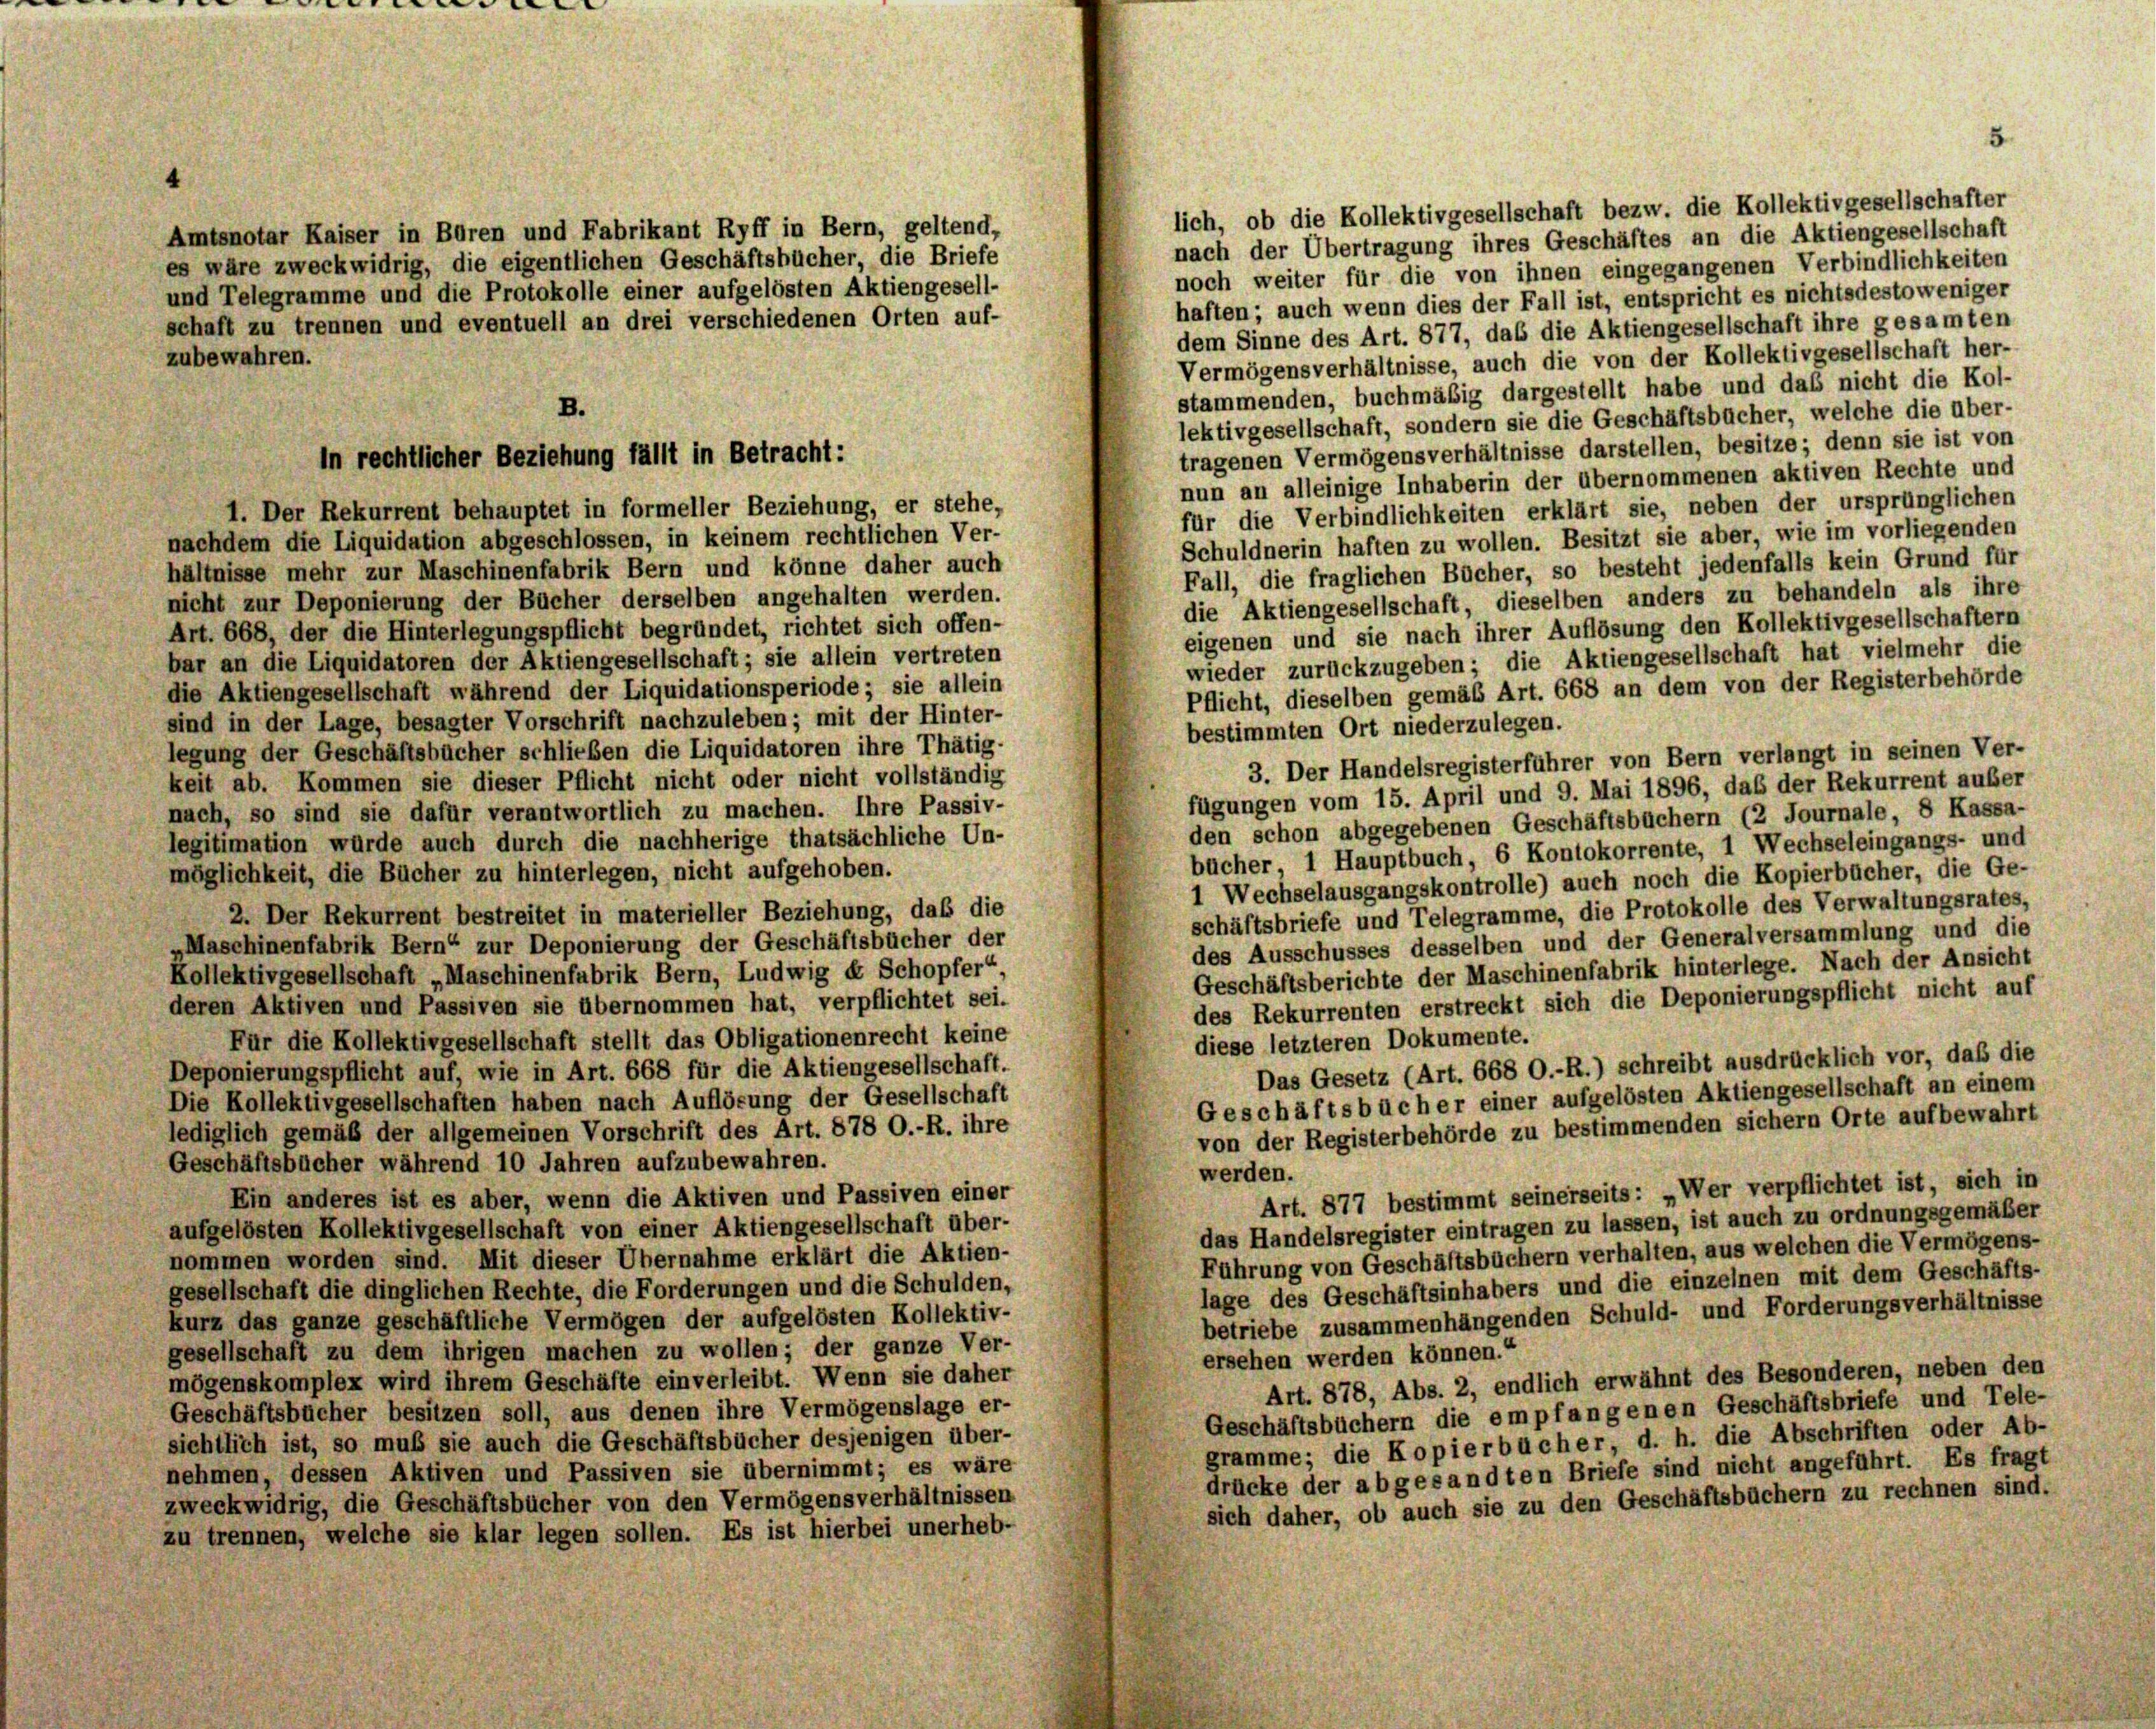
4
lich, ob die Kollektivgesellschaft bezw. die Kollektivgesellschafter
nach der Übertragung ihres Geschäftes an die Aktiengesellschaft
noch weiter für die von ihnen eingegangenen Verbindlichkeiten
haften; auch wenn dies der Fall ist, entspricht es nichtsdestoweniger
dem Sinne des Art. 877, das die Aktiengesellschaft ihre gesamten
Vermögensverhältnisse, auch die von der Kollektivgesellschaft her-
stammenden, buchmäßig dargestellt habe und das nicht die Kol-
B.
lektivgesellschaft, sondern sie die Geschäftsbücher, welche die über-
tragenen Vermögensverhältnisse darstellen, besitze; denn sie ist von
nun an alleinige Inhaberin der übernommenen aktiven Rechte und
für die Verbindlichkeiten erklärt sie, neben der ursprünglichen
1. Der Rekurrent behauptet in formeller Beziehung, er stehe,
Schuldnerin haften zu wollen. Besitzt sie aber, wie im vorliegenden
nachdem die Liquidation abgeschlossen, in keinem rechtlichen Ver-
Fall, die fraglichen Bücher, so besteht jedenfalls kein Grund für
hältnisse mehr zur Maschinenfabrik Bern und könne daher auch
die Aktiengesellschaft, dieselben anders zu behandeln als ihre
nicht zur Deponierung der Bücher derselben angehalten werden.
eigenen und sie nach ihrer Auflösung den Kollektivgesellschaftern
Art. 668, der die Hinterlegungspflicht begründet, richtet sich offen-
wieder zurückzugeben; die Aktiengesellschaft hat vielmehr die
bar an die Liquidatoren der Aktiengesellschaft; sie allein vertreten
die Aktiengesellschaft während der Liquidationsperiode ; sie allein
Pflicht, dieselben gemäß Art. 668 an dem von der Registerbehörde
sind in der Lage, besagter Vorschrift nachzuleben; mit der Hinter-
bestimmten Ort niederzulegen.
legung der Geschäftsbücher schlieben die Liquidatoren ihre Thätig-
3. Der Handelsregisterführer von Bern verlangt in seinen Ver-
keit ab. Kommen sie dieser Pflicht nicht oder nicht vollständig
fügungen vom 15. April und 9. Mai 1896, das der Rekurrent außer
nach, so sind sie dafür verantwortlich zu machen. Ihre Passiv-
den schon abgegebenen Geschäftsbüchern (2 Journale, 8 Kassa-
legitimation würde auch durch die nachherige thatsächliche Un-
bücher 1 Hauptbuch, 6 Kontokorrente, 1 Wechseleingangs- und
möglichkeit, die Bücher zu hinterlegen, nicht aufgehoben.
1 Wechselausgangskontrolle) auch noch die Kopierbücher, die Ge-
schäftsbriefe und Telegramme, die Protokolle des Verwaltungsrates,
2. Der Rekurrent bestreitet in materieller Beziehung, daß die
des Ausschusses desselben und der Generalversammlung und die
„Maschinenfabrik Bern“ zur Deponierung der Geschäftsbücher der
Geschäftsberichte der Maschinenfabrik hinterlege. Nach der Ansicht
Kollektivgesellschaft „Maschinenfabrik Bern, Ludwig et Schopfer“
des Rekurrenten erstreckt sich die Deponierungspflicht nicht auf
deren Aktiven und Passiven sie übernommen hat, verpflichtet sei.
Für die Kollektivgesellschaft stellt das Obligationenrecht keine
diese letzteren Dokumente.
Das Gesetz (Art. 668 O.-R.) schreibt ausdrücklich vor, daß die
Deponierungspflicht auf, wie in Art. 668 für die Aktiengesellschaft.
Geschäftsbücher einer aufgelösten Aktiengesellschaft an einem
Die Kollektivgesellschaften haben nach Auflösung der Gesellschaft
von der Registerbehörde zu bestimmenden sichern Orte aufbewahrt
lediglich gemäß der allgemeinen Vorschrift des Art. 878 O.-R. ihre
Geschäftsbücher während 10 Jahren aufzubewahren.
werden.
Art. 877 bestimmt seinerseits : „Wer verpflichtet ist, sich in
Ein anderes ist es aber, wenn die Aktiven und Passiven einer
das Handelsregister eintragen zu lassen, ist auch zu ordnungsgemäßer
aufgelösten Kollektivgesellschaft von einer Aktiengesellschaft über-
Führung von Geschäftsbüchern verhalten, aus welchen die Vermögens-
nommen worden sind. Mit dieser Übernahme erklärt die Aktien-
lage des Geschäftsinhabers und die einzelnen mit dem Geschäfts-
gesellschaft die dinglichen Rechte, die Forderungen und die Schulden,
betriebe zusammenhängenden Schuld- und Forderungsverhältnisse
kurz das ganze geschäftliche Vermögen der aufgelösten Kollektiv-
gesellschaft zu dem ihrigen machen zu wollen; der ganze Ver-
ersehen werden können.“
mögenskomplex wird ihrem Geschäfte einverleibt. Wenn sie daher
Art. 878, Abs. 2, endlich erwähnt des Besonderen, neben den
Geschäftsbücher besitzen soll, aus denen ihre Vermögenslage er-
Geschäftsbüchern die empfangenen Geschäftsbriefe und Tele-
sichtlich ist, so muß sie auch die Geschäftsbücher desjenigen über-
gramme; die Kopierbücher, d. h. die Abschriften oder Ab-
nehmen, dessen Aktiven und Passiven sie übernimmt; es wäre
drücke der abgesandten Briefe sind nicht angeführt. Es fragt
zweckwidrig, die Geschäftsbücher von den Vermögensverhältnissen
sich daher, ob auch sie zu den Geschäftsbüchern zu rechnen sind.
zu trennen, welche sie klar legen sollen. Es ist hierbei unerheb-

zubewahren.

Amtsnotar Kaiser in Büren und Fabrikant Ryff in Bern, geltend,
es wäre zweckwidrig, die eigentlichen Geschäftsbücher, die Briefe
und Telegramme und die Protokolle einer aufgelösten Aktiengesell-
schaft zu trennen und eventuell an drei verschiedenen Orten auf-

in rechtlicher Beziehung fällt in Betracht:

5.